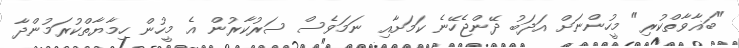
"ބަޣާވާތްކުރި" މީހުންނަށް އަދަބު ދޭންޖެހޭނެ ކަމަށާއި ނަމަވެސް ސަރުކާރުން އެ މީހުން ހިމާޔާތްކުރަމުންދާ